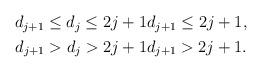
LaTeX: \begin{align*}\begin{aligned}d_{j+1} \le d_j \le 2j+1 & d_{j+1} \le 2j+1, \\d_{j+1} > d_j > 2j+1 & d_{j+1} > 2j+1. \end{aligned}\end{align*}